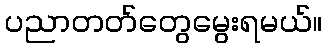
ပညာတတ်တွေမွေးရမယ်။